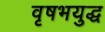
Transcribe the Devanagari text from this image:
वृषभयुद्ध